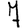
Digit: 7